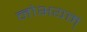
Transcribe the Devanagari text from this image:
नोभयम्